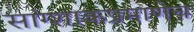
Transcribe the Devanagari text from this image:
सांग्शाकप्रमाणेच